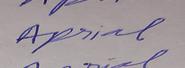
Signature authenticity: forged